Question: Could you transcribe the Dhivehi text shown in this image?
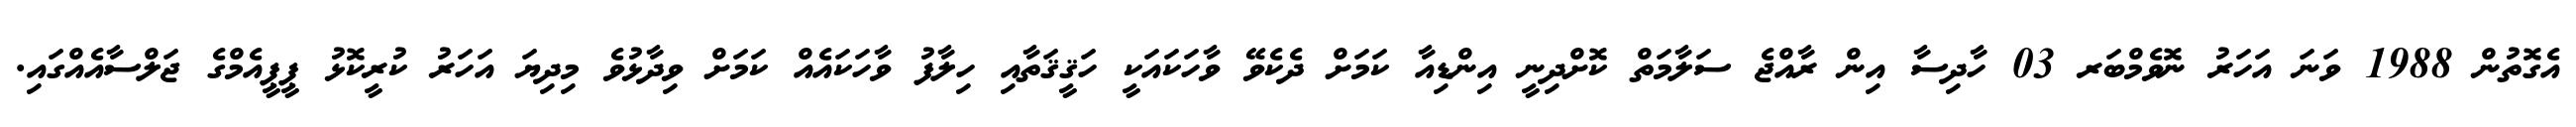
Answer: އެގޮތުން 1988 ވަނަ އަހަރު ނޮވެމްބަރ 03 ހާދިސާ އިން ރާއްޖެ ސަލާމަތް ކޮށްދިނީ އިންޑިއާ ކަމަށް ދެކެވޭ ވާހަކައަކީ ހަޤީޤަތާއި ހިލާފު ވާހަކައެއް ކަމަށް ވިދާޅުވެ މިދިޔަ އަހަރު ކުރީކޮޅު ޕީޕީއެމްގެ ޖަލްސާއެއްގައި.